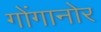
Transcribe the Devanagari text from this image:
गोंगानोर